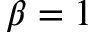
\beta = 1